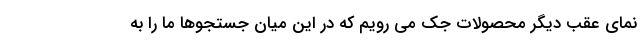
نمای عقب دیگر محصولات جک می رویم که در این میان جستجوها ما را به